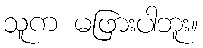
သူက မဖြားပါဘူး။